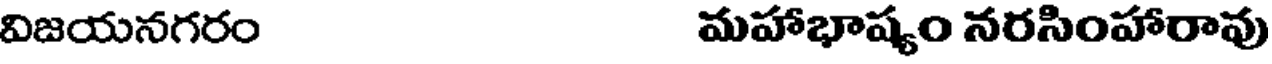
విజయనగరం మహాభాష్యం నరసింహారావు